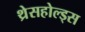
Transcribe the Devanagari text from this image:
थ्रेसहोल्ड्स